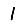
Digit: 1